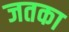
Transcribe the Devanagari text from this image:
जतका